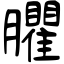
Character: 臞